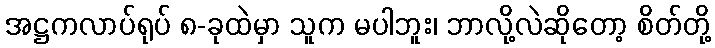
အဋ္ဌကလာပ်ရုပ် ၈-ခုထဲမှာ သူက မပါဘူး၊ ဘာလို့လဲဆိုတော့ စိတ်တို့